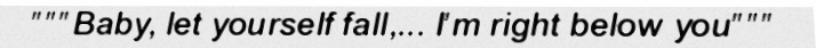
"""Baby, let yourself fall,... I'm right below you"""